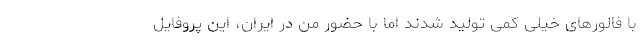
با فالورهای خیلی کمی تولید شدند اما با حضور من در ایران، این پروفایل